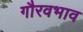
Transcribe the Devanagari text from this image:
गौरवभाव